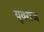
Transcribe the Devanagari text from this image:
यूवराज